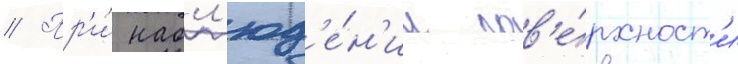
// Пр'и́ набл'юд'е́н'ии пов'е́рхност'и